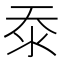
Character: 沗